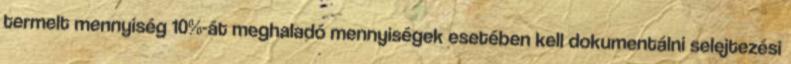
termelt mennyiség 10%-át meghaladó mennyiségek esetében kell dokumentálni selejtezési